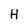
Character: H